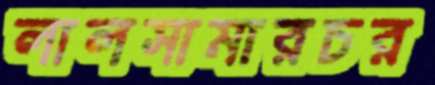
লালসামারচর